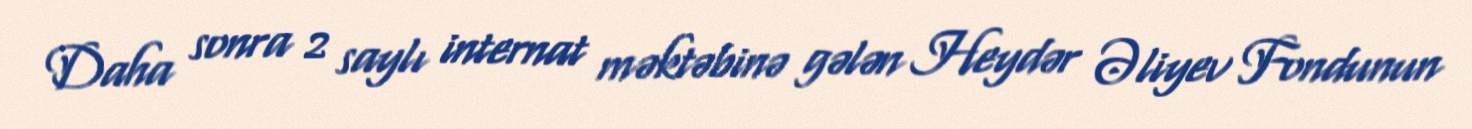
Daha sonra 2 saylı internat məktəbinə gələn Heydər Əliyev Fondunun